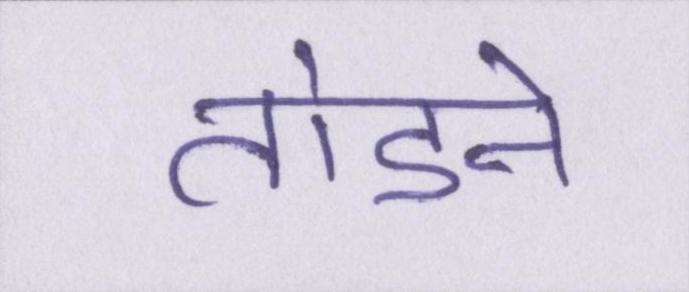
तोडने